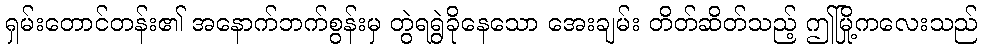
ရှမ်းတောင်တန်း၏ အနောက်ဘက်စွန်းမှ တွဲရရွဲခိုနေသော အေးချမ်း တိတ်ဆိတ်သည့် ဤမြို့ကလေးသည်